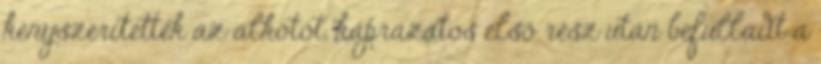
kényszerítették az alkotót, káprázatos első rész után befulladt a